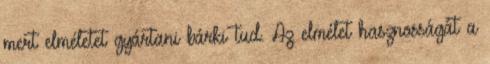
mert elméletet gyártani bárki tud. Az elmélet hasznosságát a